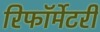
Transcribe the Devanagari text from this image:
रिफॉर्मेटरी